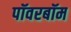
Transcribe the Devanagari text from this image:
पॉवरबॉम